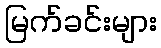
မြက်ခင်းများ